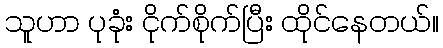
သူဟာ ပုခုံး ငိုက်စိုက်ပြီး ထိုင်နေတယ်။